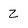
Character: Z